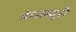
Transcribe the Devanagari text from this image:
मेप्सब्युरी